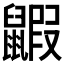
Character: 𪕰